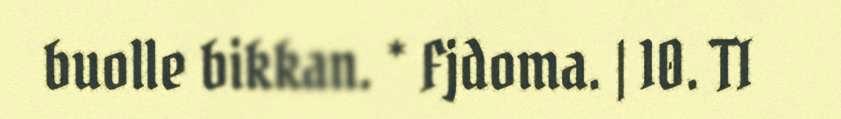
buolle bikkan. * Fjdoma. | 10. TI